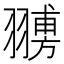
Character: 𦒊